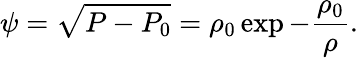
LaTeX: \psi=\sqrt{P-P_{0}}=\rho_{0}\exp-\frac{\rho_{0}}{\rho}.